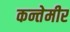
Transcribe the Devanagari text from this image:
कन्तेमीर